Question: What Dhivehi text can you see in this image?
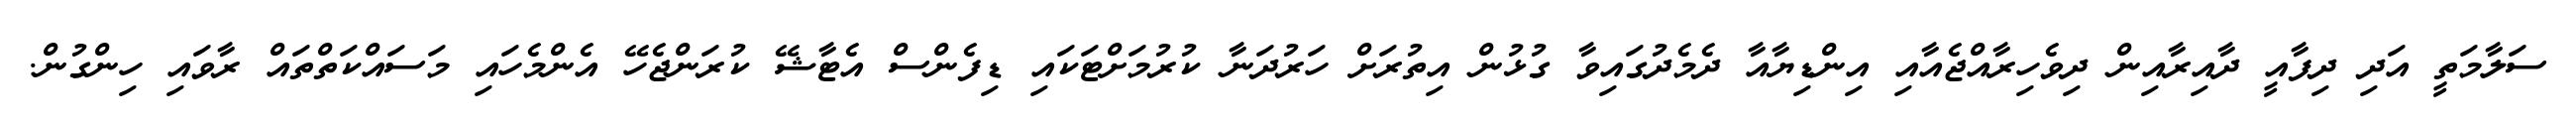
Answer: ސަލާމަތީ އަދި ދިފާއީ ދާއިރާއިން ދިވެހިރާއްޖެއާއި އިންޑިޔާއާ ދެމެދުގައިވާ ގުޅުން އިތުރަށް ހަރުދަނާ ކުރުމަށްޓަކައި ޑިފެންސް އެޓާޝޭ ކުރަންޖެހޭ އެންމެހައި މަސައްކަތްތައް ރާވައި ހިންގުން.